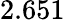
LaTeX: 2.651